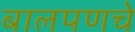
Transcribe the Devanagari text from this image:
बालपणचे